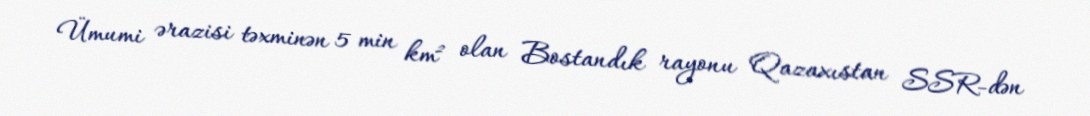
Ümumi ərazisi təxminən 5 min km² olan Bostandık rayonu Qazaxıstan SSR-dən